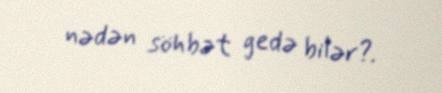
nədən söhbət gedə bilər?.